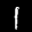
Label: 1